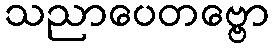
သညာပေတဗ္ဗော